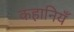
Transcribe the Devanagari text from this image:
कहानियँ